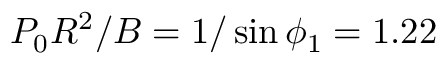
P _ { 0 } R ^ { 2 } / B = 1 / \sin \phi _ { 1 } = 1 . 2 2